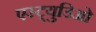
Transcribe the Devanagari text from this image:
एस्ट्युडिओ